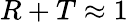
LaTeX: R+T\approx 1